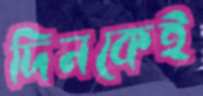
দিনকেই